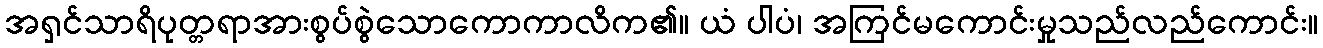
အရှင်သာရိပုတ္တရာအားစွပ်စွဲသောကောကာလိက၏။ ယံ ပါပံ၊ အကြင်မကောင်းမှုသည်လည်ကောင်း။